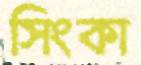
সিংকা